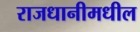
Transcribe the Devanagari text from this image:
राजधानीमधील